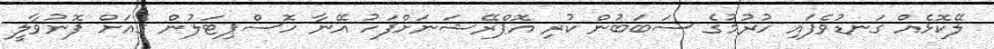
ލޭކޮޅެއް ގަނޑުވެފައި ހުރުމުގެ ސަބަބުން ކުރި އޮޕްރޭޝަނަށްފަހު އޭނާ ހޮސްޕިޓަލުން ގެއަށް ފޮނުވާލީ